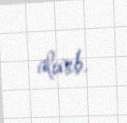
alınıb.